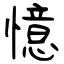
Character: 憶